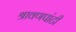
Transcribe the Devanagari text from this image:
श्रावणपांटी